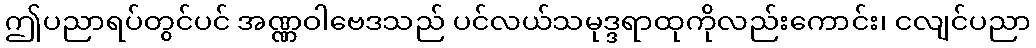
ဤပညာရပ်တွင်ပင် အဏ္ဏဝါဗေဒသည် ပင်လယ်သမုဒ္ဒရာထုကိုလည်းကောင်း၊ ငလျင်ပညာ